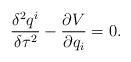
LaTeX: \begin{align*} \frac{\delta^2 q^i}{\delta\tau^2}-\frac{\partial V}{\partial q_i}=0.\end{align*}